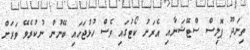
ތިނަދޫ ޕޮލިސް ސްޓޭޝަނާއި އެރަށު ކޯޓުގައި ވެސް ހުޅުޖަހައި ބޭނުން ނުކުރެވޭ ވަރަށް